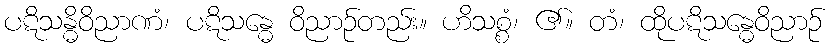
ပဋိသန္ဓိဝိညာဏံ၊ ပဋိသန္ဓေ ဝိညာဉ်တည်း။ ဟိသစ္စံ၊ ၏။ တံ၊ ထိုပဋိသန္ဓေဝိညာဉ်